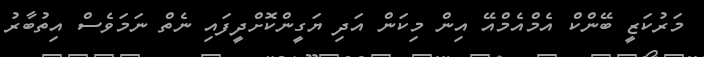
މަރުކަޒީ ބޭންކް އެމްއެމްއޭ އިން މިކަން އަދި ޔަގީންކޮށްދީފައި ނެތް ނަމަވެސް އިތުބާރު